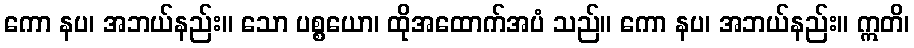
ကော နပ၊ အဘယ်နည်း။ သော ပစ္စယော၊ ထိုအထောက်အပံ သည်။ ကော နပ၊ အဘယ်နည်း။ ဣတိ၊